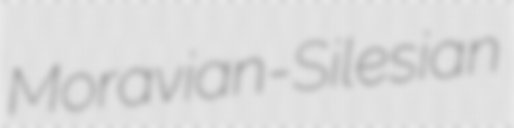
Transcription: Moravian-Silesian